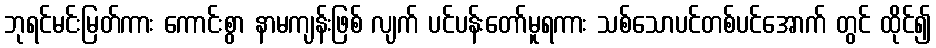
ဘုရင်မင်းမြတ်ကား ကောင်းစွာ နာမကျန်းဖြစ် လျက် ပင်ပန်းတော်မူရကား သစ်သောပင်တစ်ပင်အောက် တွင် ထိုင်၍